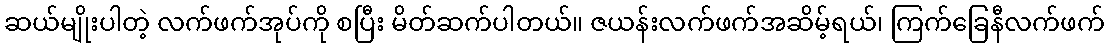
ဆယ်မျိုးပါတဲ့ လက်ဖက်အုပ်ကို စပြီး မိတ်ဆက်ပါတယ်။ ဇယန်းလက်ဖက်အဆိမ့်ရယ်၊ ကြက်ခြေနီလက်ဖက်